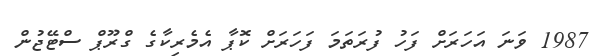
1987 ވަނަ އަހަރަށް ފަހު ފުރަތަމަ ފަހަރަށް ކޮޕާ އެމެރިކާގެ ގްރޫޕް ސްޓޭޖުން